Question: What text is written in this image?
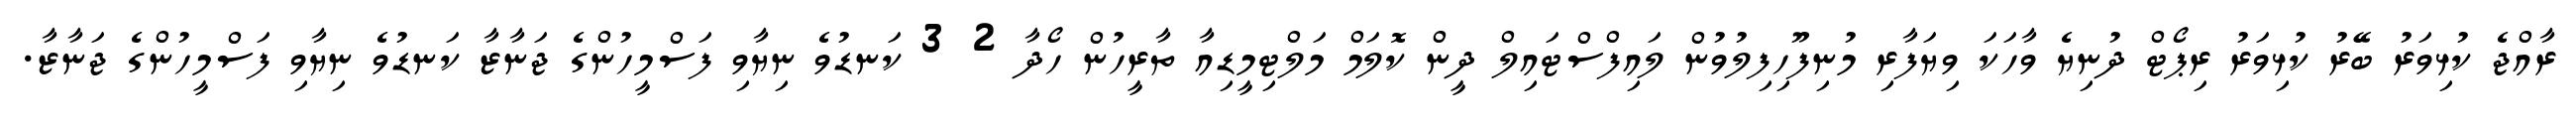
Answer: ރާއްޖެ ކުޅިވަރު ބޭރު ކުޅިވަރު ރިޕޯޓް ދުނިޔެ ވާހަކަ ވިޔަފާރި މުނިފޫހިފިލުވުން ލައިފްސްޓައިލް ދީން ކޮލަމް މަލްޓިމީޑިއާ ތާރީހުން ހޯދާ 2 3 ކަނޑުވެ ނިޔާވި ފަސްމީހުންގެ ޖަނާޒާ ކަނޑުވެ ނިޔާވި ފަސްމީހުންގެ ޖަނާޒާ.